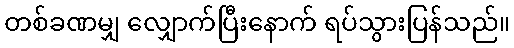
တစ်ခဏမျှ လျှောက်ပြီးနောက် ရပ်သွားပြန်သည်။